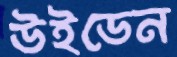
উইডেন